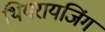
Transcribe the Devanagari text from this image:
थियरायजिंग